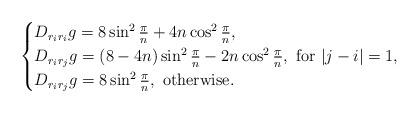
LaTeX: \begin{align*}\begin{cases}D_{r_i r_i}g= 8 \sin ^2 \frac{\pi}{n}+4n \cos ^2 \frac{\pi}{n},\\D_{r_i r_j}g= (8-4n) \sin ^2 \frac{\pi}{n}-2n \cos ^2 \frac{\pi}{n},\ \mbox{for} \ |j - i|=1,\\D_{r_i r_j}g= 8 \sin ^2 \frac{\pi}{n}, \ \mbox{otherwise}.\end{cases}\end{align*}